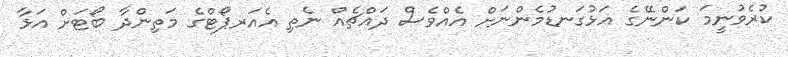
ކުރެވުނީމަ ކަންނޭގެ އަޅުގަނޑުމެންނަށް އެއްވެސް ދައްޗެއް ނެތި އެއަރޕޯޓްގެ މަތިންދާ ބޯޓަށް އަޅާ